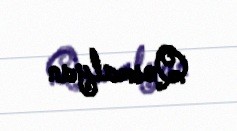
Qosmalyan